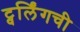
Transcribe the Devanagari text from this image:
ट्वर्लिंगची